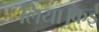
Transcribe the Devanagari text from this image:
लिया।कई